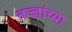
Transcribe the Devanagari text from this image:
तज्ज्ञांच्‍या